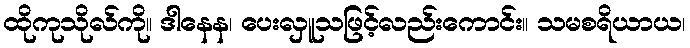
ထိုကုသိုလ်ကို။ ဒါနေန၊ ပေးလှူသဖြင့်လည်းကောင်း။ သမစရိယာယ၊